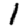
Digit: 1